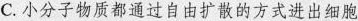
C.小分子物质都通过自由扩散的方式进出细胞